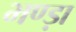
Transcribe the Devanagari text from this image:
भण्ड़ा